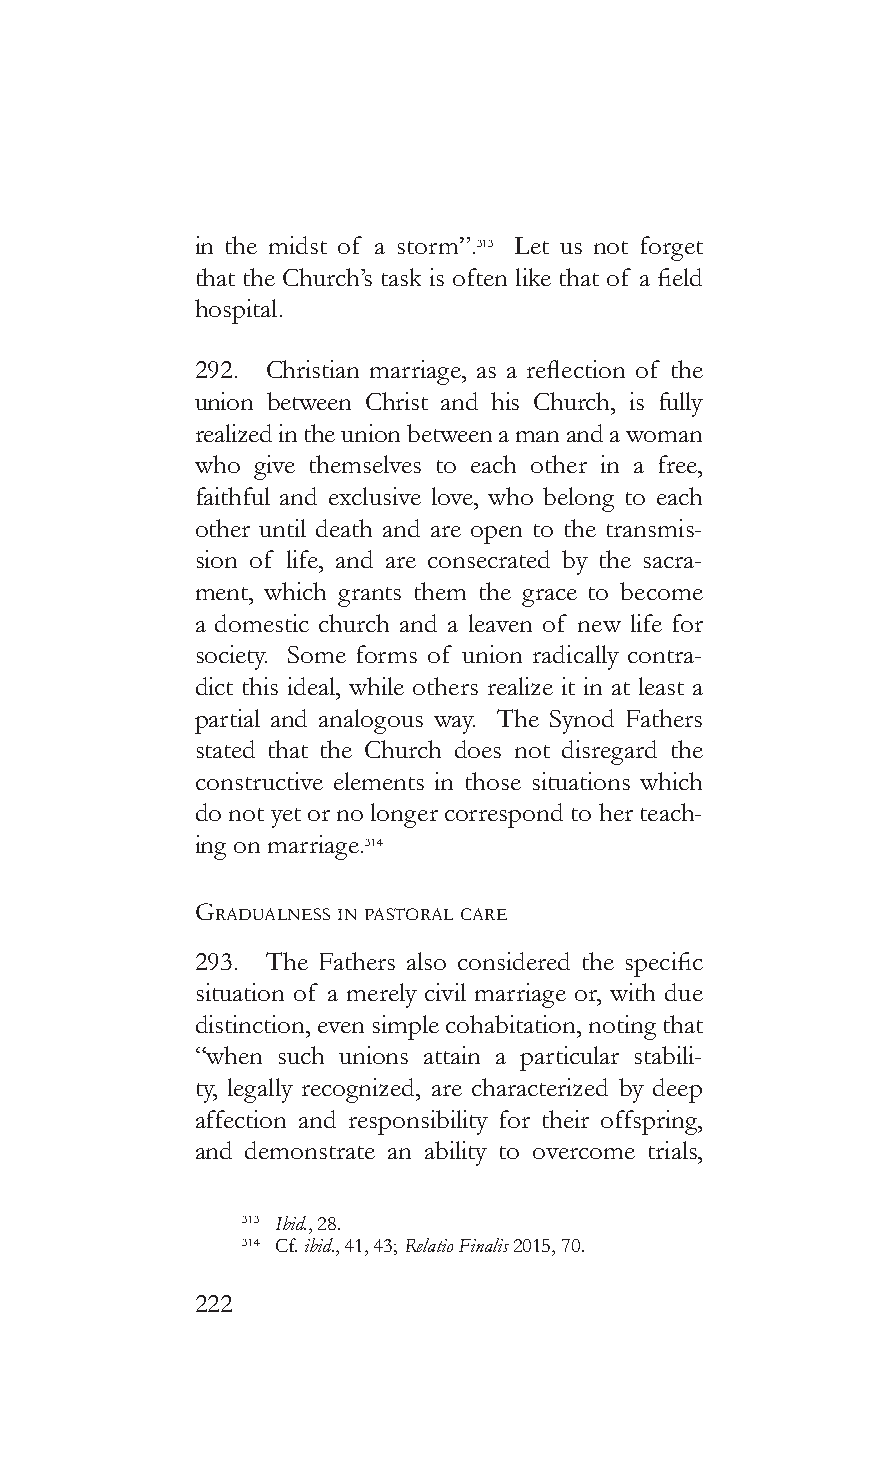
in the midst of a storm”.313 Let us not forget
 that the Church’s task is often like that of a field
 hospital.
 292. Christian marriage, as a reflection of the
 union between Christ and his Church, is fully
 realized in the union between a man and a woman
 who give themselves to each other in a free,
 faithful and exclusive love, who belong to each
 other until death and are open to the transmis-
 sion of life, and are consecrated by the sacra-
 ment, which grants them the grace to become
 a domestic church and a leaven of new life for
 society. Some forms of union radically contra-
 dict this ideal, while others realize it in at least a
 partial and analogous way. The Synod Fathers
 stated that the Church does not disregard the
 constructive elements in those situations which
 do not yet or no longer correspond to her teach-
 ing on marriage.314
 GraduaLness in pasToraL care
 293. The Fathers also considered the specific
 situation of a merely civil marriage or, with due
 distinction, even simple cohabitation, noting that
 “when such unions attain a particular stabili-
 ty, legally recognized, are characterized by deep
 affection and responsibility for their offspring,
 and demonstrate an ability to overcome trials,
 313 Ibid., 28.
 314 Cf. ibid., 41, 43; Relatio Finalis 2015, 70.
 222